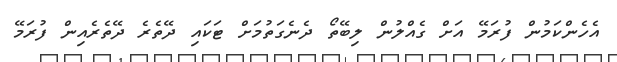
އެހެންކަމުން ފުރަމޭ އަށް ގެއްލުން ލިބޭތޯ ދެނެގަތުމަށް ޓަކައި ދޭތެރެ ދޭތެރެއިން ފުރަމޭ